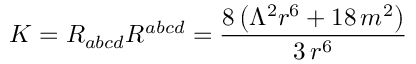
K = R _ { a b c d } R ^ { a b c d } = \frac { 8 \, { \left( \Lambda ^ { 2 } r ^ { 6 } + 1 8 \, m ^ { 2 } \right) } } { 3 \, r ^ { 6 } }